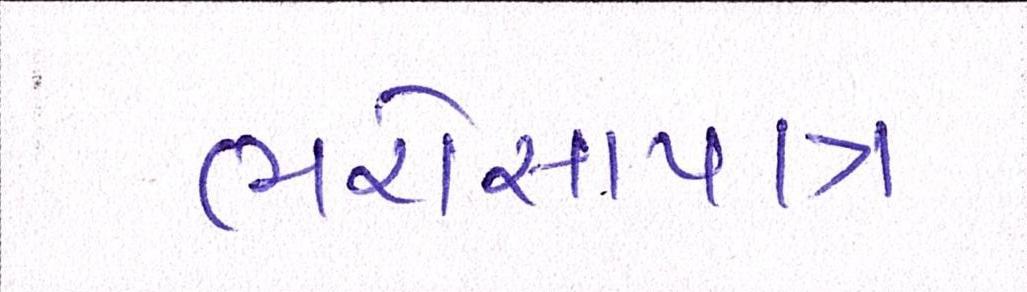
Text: ભરોસાપાત્ર